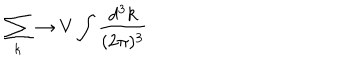
\sum _ { k } \to V \int \frac { d ^ { 3 } k } { ( 2 \pi ) ^ { 3 } } \nonumber